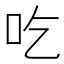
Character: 吃